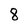
Character: 8